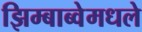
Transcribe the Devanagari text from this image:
झिम्बाब्वेमधले